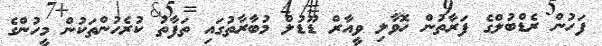
ފަހުން ރެޑްބުލްގެ ފަރާތުން ހޮވާލި ވީއާރް ޑޫޑުލް މުބާރާތުގައި ތަފާތު ކުރެހުންތަކުން މީހުންގެ